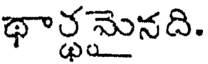
థార్థమైనది.